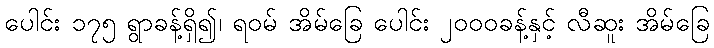
ပေါင်း ၁၇၅ ရွာခန့်ရှိ၍၊ ရဝမ် အိမ်ခြေ ပေါင်း ၂၀၀၀ခန့်နှင့် လီဆူး အိမ်ခြေ